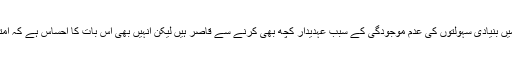
محکمہ تعلیم کے عہدیداروں کا کہنا ہے کہ سرکاری اسکولوں میں بنیادی سہولتوں کی عدم موجودگی کے سبب عہدیدار کچھ بھی کرنے سے قاصر ہیں لیکن انہیں بھی اس بات کا احساس ہے کہ امتحانات کے دوران بنیادی سہولتوں کی فراہمی ناگزیر ہوتی ہے ۔